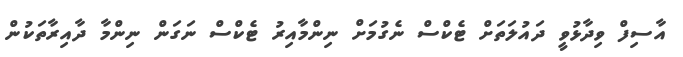
އާސިފް ވިދާޅުވީ ދައުލަތަށް ޓެކްސް ނެގުމަށް ނިންމާއިރު ޓެކްސް ނަގަން ނިންމާ ދާއިރާތަކުން